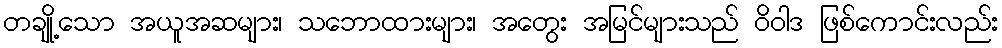
တချို့သော အယူအဆများ၊ သဘောထားများ၊ အတွေး အမြင်များသည် ဝိဝါဒ ဖြစ်ကောင်းလည်း